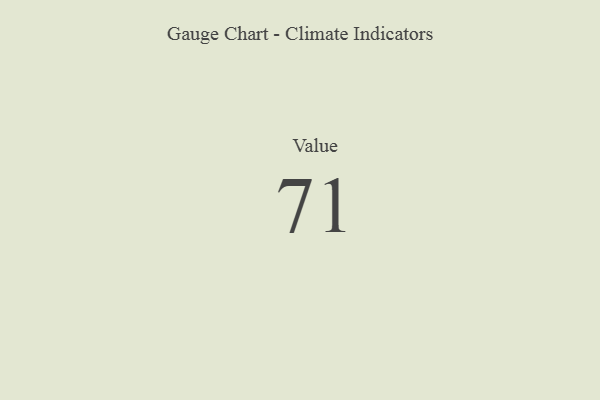
{"axis": {"x": "Metric", "y": "Value"}, "legend": [""], "data": [{"x": "Value", "y": 71, "type": ""}]}